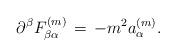
LaTeX: \begin{align*}\partial^{\beta}F_{\beta\alpha}^{(m)} \, = \, -m^2 a_{\alpha}^{(m)}.\end{align*}